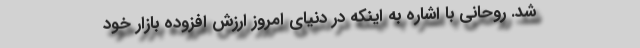
شد. روحانی با اشاره به اینکه در دنیای امروز ارزش افزوده بازار خود